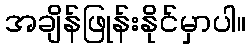
အချိန်ဖြုန်းနိုင်မှာပါ။